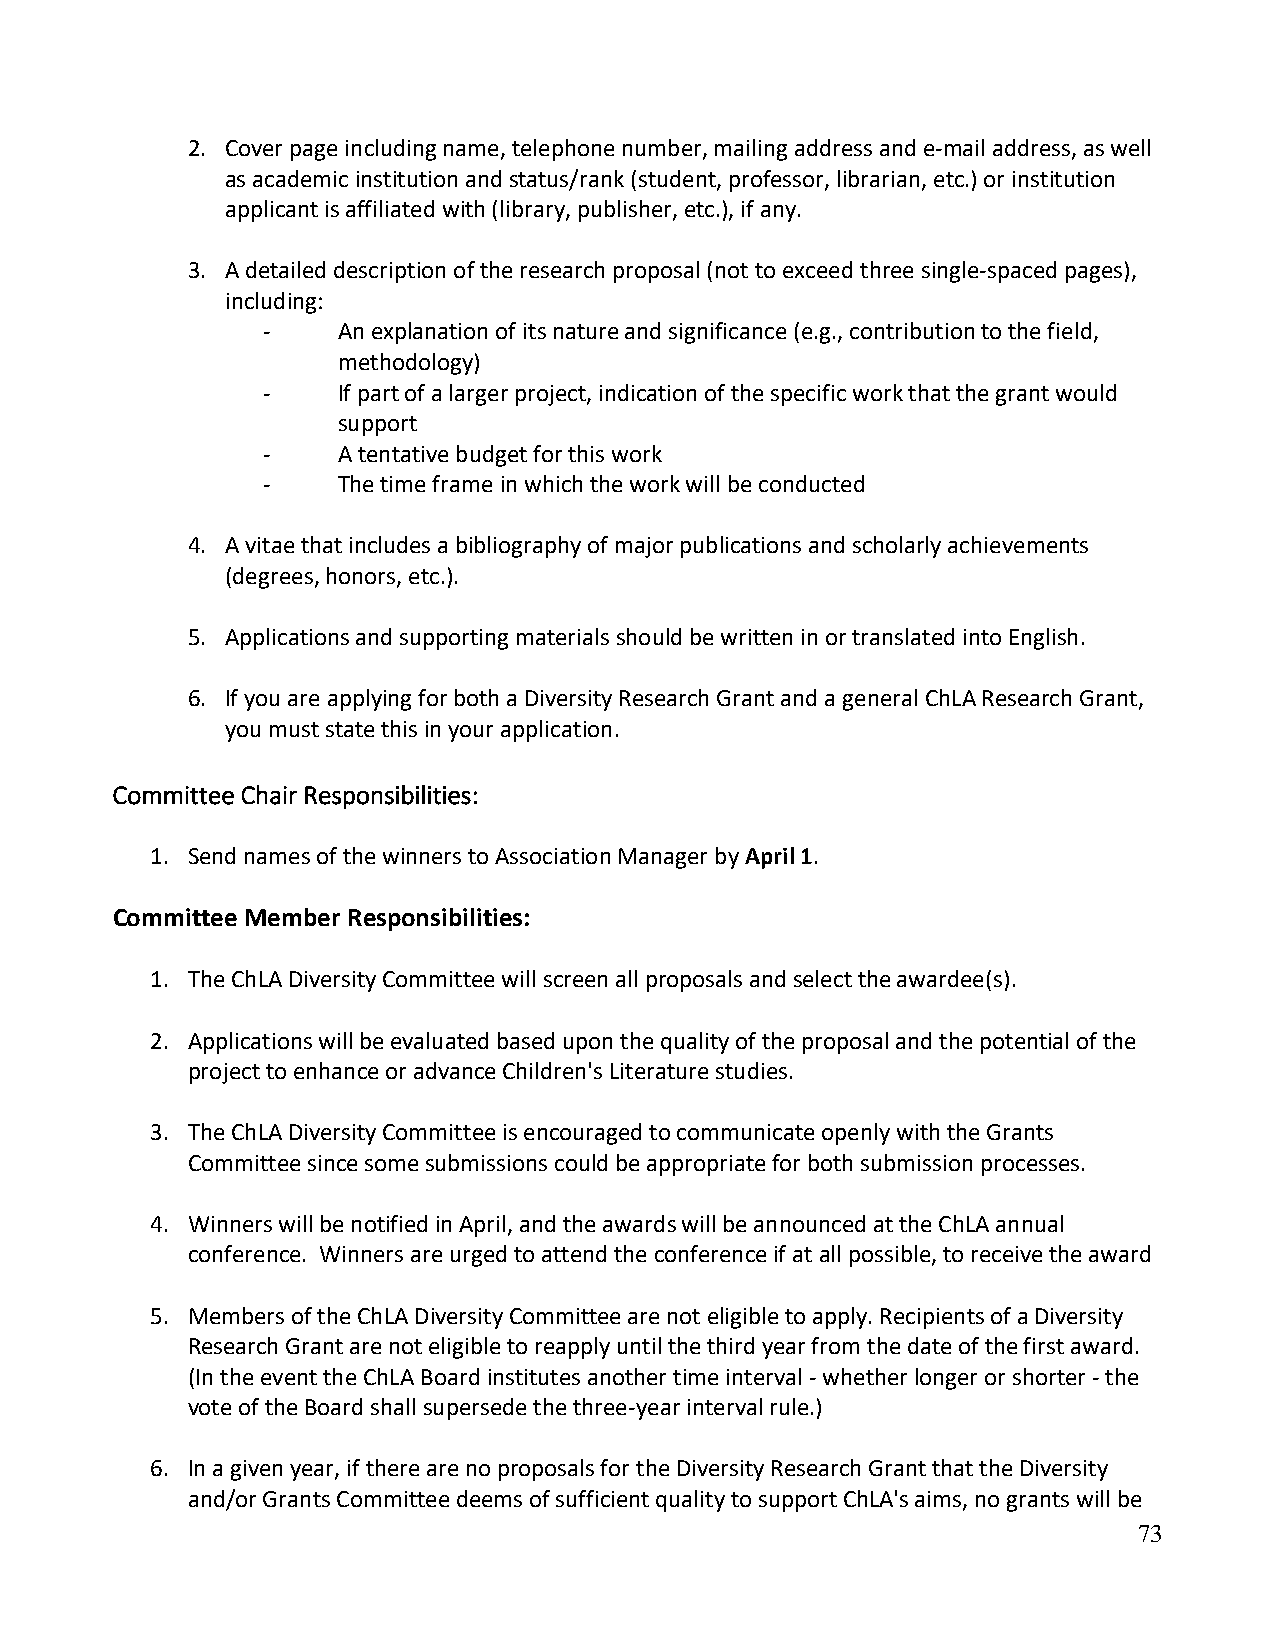
2. Cover page including name, telephone number, mailing address and e-mail address, as well
 as academic institution and status/rank (student, professor, librarian, etc.) or institution
 applicant is affiliated with (library, publisher, etc.), if any.
 3. A detailed description of the research proposal (not to exceed three single-spaced pages),
 including:
 -    An explanation of its nature and significance (e.g., contribution to the field,
 methodology)
 -    If part of a larger project, indication of the specific work that the grant would
 support
 -    A tentative budget for this work
 -    The time frame in which the work will be conducted
 4. A vitae that includes a bibliography of major publications and scholarly achievements
 (degrees, honors, etc.).
 5. Applications and supporting materials should be written in or translated into English.
 6. If you are applying for both a Diversity Research Grant and a general ChLA Research Grant,
 you must state this in your application.
 Committee Chair Responsibilities:
 1. Send names of the winners to Association Manager by April 1.
 Committee Member Responsibilities:
 1. The ChLA Diversity Committee will screen all proposals and select the awardee(s).
 2. Applications will be evaluated based upon the quality of the proposal and the potential of the
 project to enhance or advance Children's Literature studies.
 3. The ChLA Diversity Committee is encouraged to communicate openly with the Grants
 Committee since some submissions could be appropriate for both submission processes.
 4. Winners will be notified in April, and the awards will be announced at the ChLA annual
 conference. Winners are urged to attend the conference if at all possible, to receive the award
 5. Members of the ChLA Diversity Committee are not eligible to apply. Recipients of a Diversity
 Research Grant are not eligible to reapply until the third year from the date of the first award.
 (In the event the ChLA Board institutes another time interval - whether longer or shorter - the
 vote of the Board shall supersede the three-year interval rule.)
 6. In a given year, if there are no proposals for the Diversity Research Grant that the Diversity
 and/or Grants Committee deems of sufficient quality to support ChLA's aims, no grants will be
 73